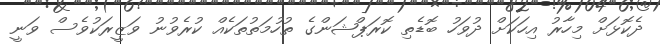
ދެކޮޅަށް މިހާރު އިހަކަށް ދުވަހު ބޮޑެތި ކޮރަޕްޝަންގެ ތުހުމަތުތަކެއް ކުރެވުނު ވަޒީރަކުވެސް ވަނީ